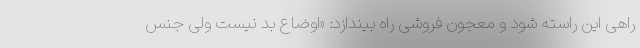
راهی این راسته شود و معجون فروشی راه بیندازد: «اوضاع بد نیست ولی جنس